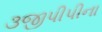
૩જીપીપીના